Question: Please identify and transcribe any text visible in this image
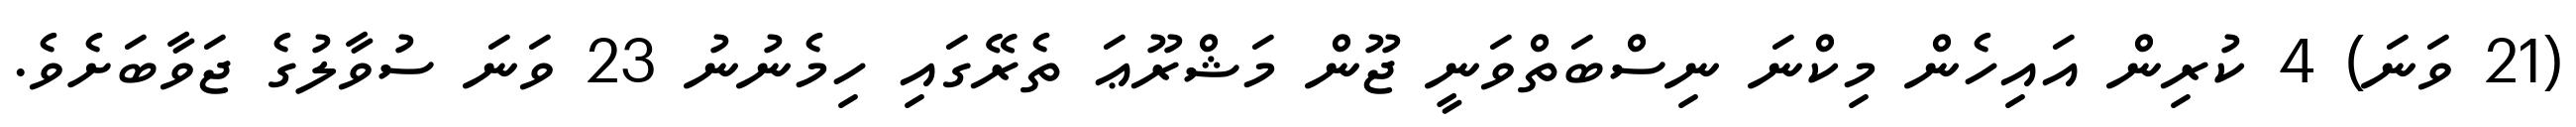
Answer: (21 ވަނަ) 4 ކުރިން އައިހެން މިކްނަ ނިސްބަތްވަނީ ޖޫން މަޝްރޫޢަ ތެރޭގައި ހިމެނުނު 23 ވަނަ ސުވާލުގެ ޖަވާބަށެވެ.